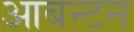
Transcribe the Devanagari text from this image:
आबन्टन